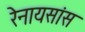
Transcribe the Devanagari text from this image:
रेनायसांस